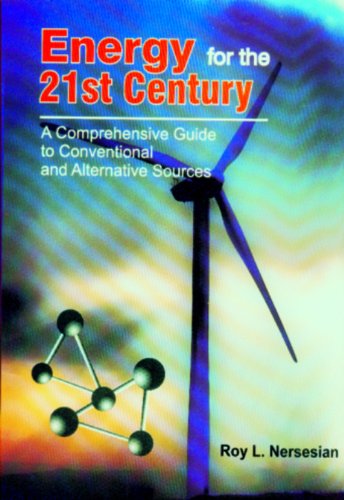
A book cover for Energy for the 21st Century; Roy L. Nersesian; Business & Money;